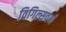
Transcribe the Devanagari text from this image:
विगिल्सवर्थ